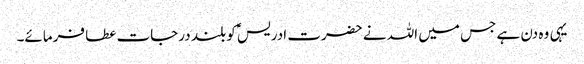
یہی وہ دن ہے جس میں اللہ نے حضرت ادریسؑ کو بلند درجات عطا فرمائے۔